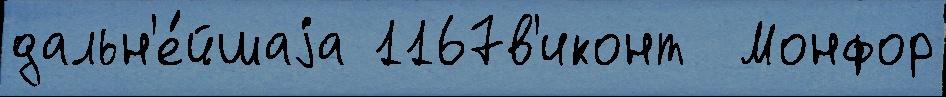
дальн'е́йшаjа 1167в'иконт  Монфор